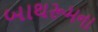
બાથરૂમના